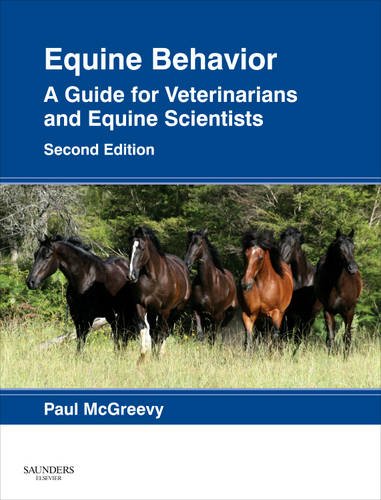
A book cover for Equine Behavior: A Guide for Veterinarians and Equine Scientists, 2e; Paul McGreevy BVSc  PhD; Medical Books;